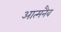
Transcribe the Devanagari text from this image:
आत्मनैव